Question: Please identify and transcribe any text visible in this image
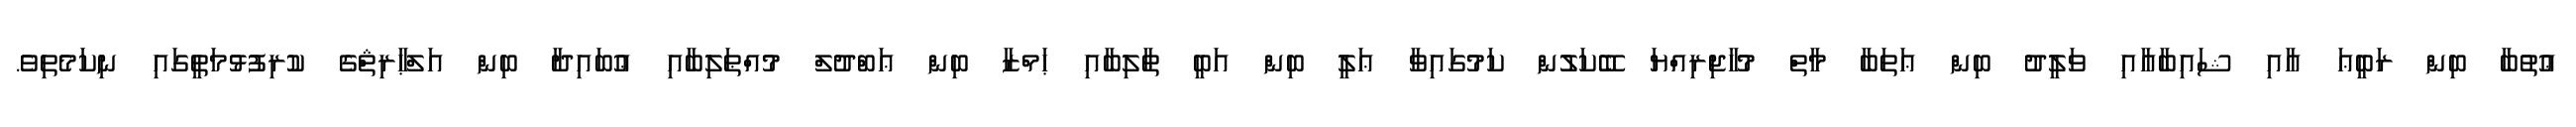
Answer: ޢުތުބާ ބިން ރަބީޢަ އާއި ޝައިބާއާއި ވަލީދު ބިން ޢަތަބާ މާތް މުހާޖިރިއްޔަ ބޭކަލުން ކަމުގައިވާ ޢަލީ ބިން އަބީ ޠާލިބާއި ޙަމްޒާ ބިން ޢަބްދުލް މުއްޠަލިބާއި ޢުބައިދާ ބިން އަލްޙާރިޘްގެ ކުރިފުޅުމަތީގައި ނިކަމެތިވެ.